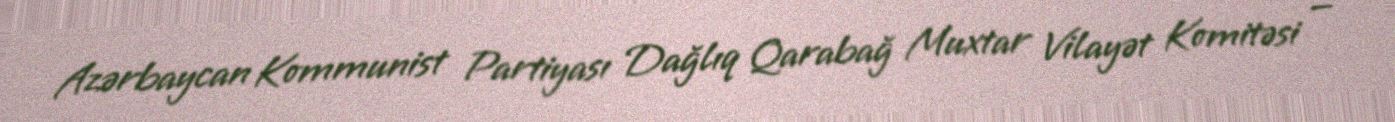
Azərbaycan Kommunist Partiyası Dağlıq Qarabağ Muxtar Vilayət Komitəsi —